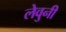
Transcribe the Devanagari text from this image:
लेवुनी